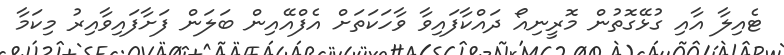
ޓެއިލާ އާއި ގުޅޭގޮތުން މޮރީނިއޯ ދައްކާފައިވާ ވާހަކަތަށް އެފްއޭއިން ބަލަން ފަށާފައިވާއިރު މިކަމާ